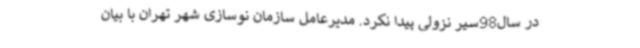
در سال98سیر نزولی پیدا نکرد. مدیرعامل سازمان نوسازی شهر تهران با بیان